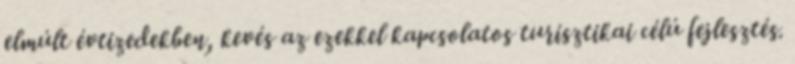
elmúlt évtizedekben, kevés az ezekkel kapcsolatos turisztikai célú fejlesztés.